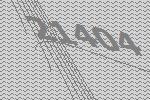
21404